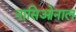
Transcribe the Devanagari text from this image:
नासिओनाल